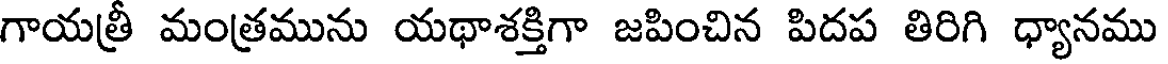
గాయత్రీ మంత్రమును యథాశక్తిగా జపించిన పిదప తిరిగి ధ్యానము